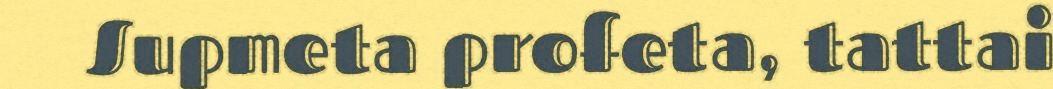
Supmeta profeta, tattai